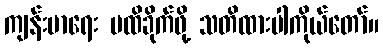
ကျန်းမာရေး မထိခိုက်ဖို့ သတိထားပါကိုယ်တော်။